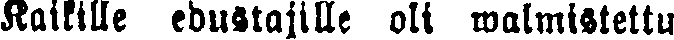
Kaikille edustajille oli walmistettu